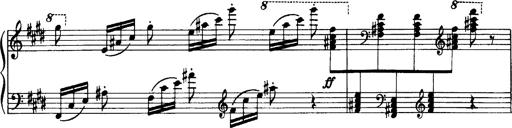
Title: OuvertÃ¼re zu TannhÃ¤user
Composer: Franz Liszt